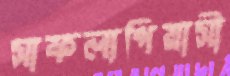
সাফল্যপিয়াসী